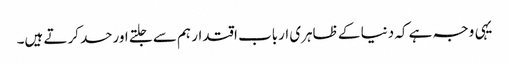
یہی وجہ ہے کہ دنیا کے ظاہری ارباب اقتدار ہم سے جلتے اورحسد کرتے ہیں۔